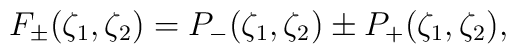
F_\pm(\zeta_1,\zeta_2) = P_-(\zeta_1,\zeta_2)\pm P_+(\zeta_1,\zeta_2),